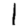
Digit: 1